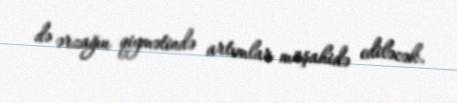
də ərzağın qiymətində artımlar müşahidə ediləcək.